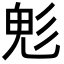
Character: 𩲆